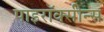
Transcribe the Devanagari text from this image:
पाइरॉक्सीन्स